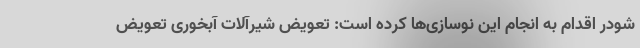
شودر اقدام به انجام این نوسازی‌ها کرده است: تعویض شیرآلات آبخوری تعویض